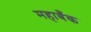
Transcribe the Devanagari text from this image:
महाबँक